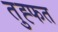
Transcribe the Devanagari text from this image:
तुह्फत